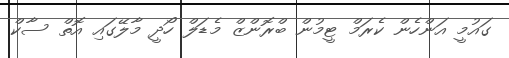
ގައުމީ އަންހެން ކެރަމް ޓީމުން ބްރޮންޒް މެޑަލް ހޯދީ މާލޭގައި އޮތް ސާކް